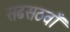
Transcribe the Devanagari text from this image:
सढसठवाँ